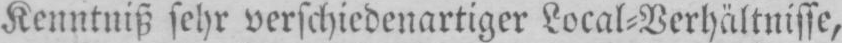
Kenntniß sehr verschiedenartiger Local⸗Verhältnisse,